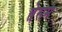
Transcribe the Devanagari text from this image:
तेराम